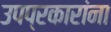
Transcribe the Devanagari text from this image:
उपप्रकारांना